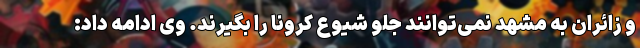
و زائران به مشهد نمی‌توانند جلو شیوع کرونا را بگیرند. وی ادامه داد: